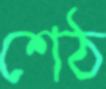
শেঠ